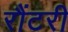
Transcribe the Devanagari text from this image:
रौंटरी